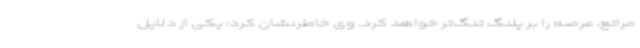
مراتع، عرصه را بر پلنگ تنگ‌تر خواهد کرد. وی خاطرنشان کرد: یکی از دلایل